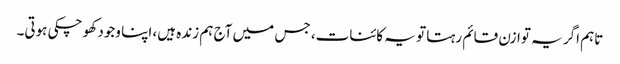
تاہم اگر یہ توازن قائم رہتا تو یہ کائنات، جس میں آج ہم زندہ ہیں، اپنا وجود کھو چکی ہوتی۔